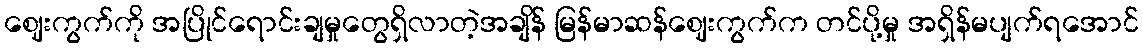
ဈေးကွက်ကို အပြိုင်ရောင်းချမှုတွေရှိလာတဲ့အချိန် မြန်မာဆန်ဈေးကွက်က တင်ပို့မှု အရှိန်မပျက်ရအောင်